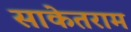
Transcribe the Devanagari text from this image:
साकेतराम